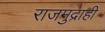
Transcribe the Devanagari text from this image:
राजमुद्राही